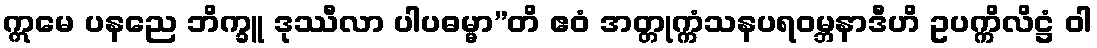
ဣမေ ပနညေ ဘိက္ခူ ဒုဿီလာ ပါပဓမ္မာ”တိ ဧဝံ အတ္တုက္ကံသနပရဝမ္ဘနာဒီဟိ ဥပက္ကိလိဋ္ဌံ ဝါ